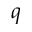
q